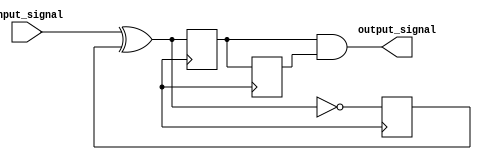
module Schmitt_trigger (
    input wire input_signal,
    output reg output_signal
);

reg Q, Q_bar, prev_Q;
reg input_d;

always @* begin
    input_d = input_signal ^ Q_bar;
end

always @(posedge clk) begin
    Q <= input_d;
    Q_bar <= ~input_d;
    prev_Q <= Q;
end

assign output_signal = (Q & prev_Q);

endmodule